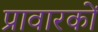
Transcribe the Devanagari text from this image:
प्रावारकों